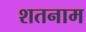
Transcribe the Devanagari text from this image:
शतनाम